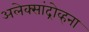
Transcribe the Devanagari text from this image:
अलेक्सांद्रोव्हना